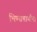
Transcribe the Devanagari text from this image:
भिष्माचार्यांना